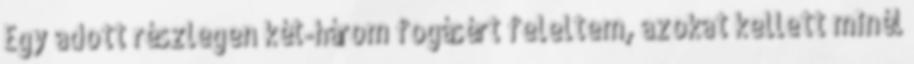
Egy adott részlegen két-három fogásért feleltem, azokat kellett minél